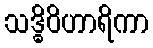
သဒ္ဓိဝိဟာရိကာ